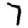
Digit: 7